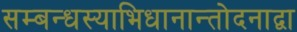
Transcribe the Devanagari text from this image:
सम्बन्धस्याभिधानान्तोदनाद्वा